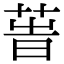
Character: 𦱗